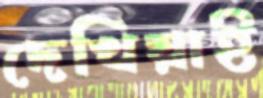
দেখিয়াই